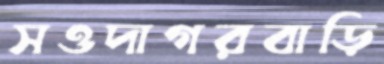
সওদাগরবাড়ি